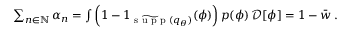
\begin{array} { r } { \sum _ { n \in \mathbb { N } } \alpha _ { n } = \int \left( 1 - 1 _ { \widetilde { \textrm { s u p p } } ( { q } _ { \theta } ) } ( \phi ) \right) p ( \phi ) \, \mathcal { D } [ \phi ] = 1 - { \bar { w } } \, . } \end{array}